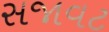
સજાવટ